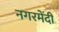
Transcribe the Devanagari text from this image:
नगरमेंदी